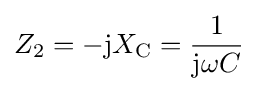
Z_{2}=-\mathrm {j} X_{\mathrm {C} }={\frac {1}{\mathrm {j} \omega C}}\